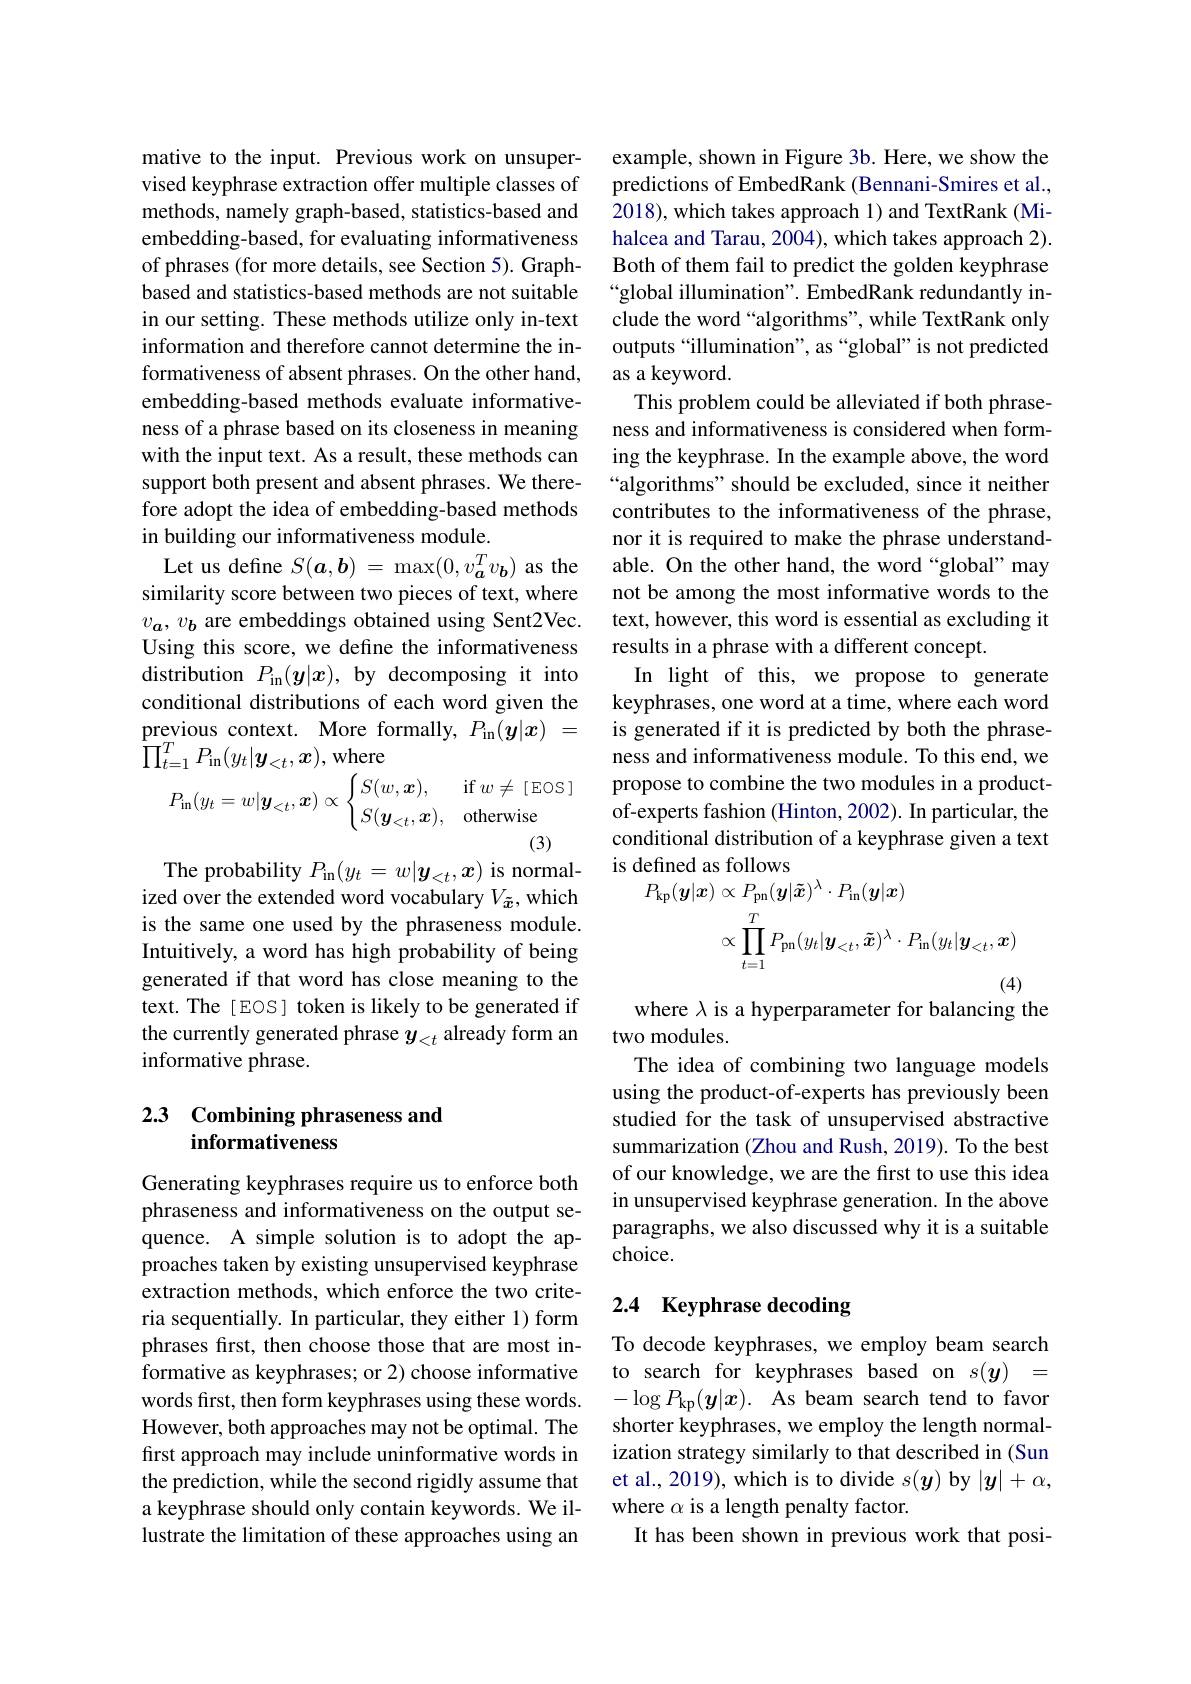
mative to the input. Previous work on unsupervised keyphrase extraction offer multiple classes of methods, namely graph-based, statistics-based and embedding-based, for evaluating informativeness of phrases (for more details, see Section 5). Graphbased and statistics-based methods are not suitable in our setting. These methods utilize only in-text information and therefore cannot determine the informativeness of absent phrases. On the other hand, embedding-based methods evaluate informativeness of a phrase based on its closeness in meaning with the input text. As a result, these methods can support both present and absent phrases. We therefore adopt the idea of embedding-based methods in building our informativeness module.
Let us define $S(\boldsymbol{a},\boldsymbol{b})=\max(0,v_{\boldsymbol{a}}^{T}v_{\boldsymbol{b}})$ as the similarity score between two pieces of text, where $v_a,v_b$ are embeddings obtained using Sent2Vec. Using this score, we define the informativeness distribution $P_{\mathrm{in}}(\boldsymbol{y}|x)$, by decomposing it into conditional distributions of each word given the previous context. More formally, $P_\mathrm{in}(\boldsymbol{y}|\boldsymbol{x})=$ $\prod_{t=1}^{T}P_{\mathrm{in}}(y_{t}|\boldsymbol{y}_{<t},\boldsymbol{x})$,where
$$P_{\mathrm{in}}(y_{t}=w|\boldsymbol{y}_{<t},\boldsymbol{x})\propto\begin{cases}S(w,\boldsymbol{x}),&\mathrm{if}\:w\neq\:[\:\mathrm{EOS}\:]\\S(\boldsymbol{y}_{<t},\boldsymbol{x}),&\mathrm{otherwise}\end{cases}$$
(3)

The probability $P_{\mathrm{in}}(y_{t}=w|\boldsymbol{y}_{<t},\boldsymbol{x})$ is normal-

ized over the extended word vocabulary $V_{\tilde{x}}$, which is the same one used by the phraseness module. Intuitively, a word has high probability of being generated if that word has close meaning to the text. The [EOS] token is likely to be generated if the currently generated phrase $y_{<t}$ already form an informative phrase.

## 2.3 Combining phraseness and informativeness

Generating keyphrases require us to enforce both phraseness and informativeness on the output sequence. A simple solution is to adopt the approaches taken by existing unsupervised keyphrase extraction methods, which enforce the two criteria sequentially. In particular, they either 1) form phrases first, then choose those that are most informative as keyphrases; or 2) choose informative words first, then form keyphrases using these words. However, both approaches may not be optimal. The first approach may include uninformative words in the prediction, while the second rigidly assume that a keyphrase should only contain keywords. We illustrate the limitation of these approaches using an

example, shown in Figure 3b. Here, we show the predictions of EmbedRank (Bennani-Smires et al., 2018), which takes approach 1) and TextRank (Mihalcea and Tarau, 2004), which takes approach 2). Both of them fail to predict the golden keyphrase “global illumination". EmbedRank redundantly include the word “algorithms", while TextRank only outputs“illumination”, as“global” is not predicted as a keyword.
This problem could be alleviated if both phraseness and informativeness is considered when forming the keyphrase. In the example above, the word “algorithms" should be excluded, since it neither contributes to the informativeness of the phrase, nor it is required to make the phrase understandable. On the other hand, the word“global”may not be among the most informative words to the text, however, this word is essential as excluding it results in a phrase with a different concept.
In light of this, we propose to generate keyphrases, one word at a time, where each word is generated if it is predicted by both the phraseness and informativeness module. To this end, we propose to combine the two modules in a productof-experts fashion (Hinton, 2002). In particular, the conditional distribution of a keyphrase given a text
$$\begin{aligned}\text{deniled as 10ilows}\\P_{\mathrm{kp}}(\boldsymbol{y}|\boldsymbol{x})&\propto P_{\mathrm{pn}}(\boldsymbol{y}|\tilde{\boldsymbol{x}})^{\lambda}\cdot P_{\mathrm{in}}(\boldsymbol{y}|\boldsymbol{x})\\&\propto\prod_{t=1}^{T}P_{\mathrm{pn}}(y_{t}|\boldsymbol{y}_{<t},\tilde{\boldsymbol{x}})^{\lambda}\cdot P_{\mathrm{in}}(y_{t}|\boldsymbol{y}_{<t},\boldsymbol{x})\end{aligned}$$
where $\lambda$ is a hyperparameter for balancing the

two modules.
The idea of combining two language models using the product-of-experts has previously been studied for the task of unsupervised abstractive summarization (Zhou and Rush, 2019). To the best of our knowledge, we are the first to use this idea in unsupervised keyphrase generation. In the above paragraphs, we also discussed why it is a suitable choice.

# 2.4 Keyphrase decoding

To decode keyphrases, we employ beam search to search for keyphrases based on $s(\boldsymbol{y})=$ $-\log P_{\mathrm{kp}}(\boldsymbol{y}|x).$ As beam search tend to favor shorter keyphrases, we employ the length normalization strategy similarly to that described in (Sun et al., 2019), which is to divide $s(\boldsymbol{y})$ by $|\boldsymbol{y}|+\alpha$, where $\alpha$ is a length penalty factor.
It has been shown in previous work that posi-